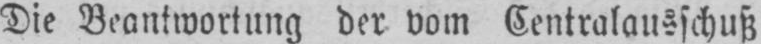
Die Beantwortung der vom Centralausschuß